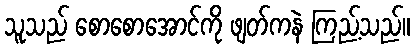
သူသည် စောစောအောင်ကို ဖျတ်ကနဲ ကြည့်သည်။